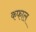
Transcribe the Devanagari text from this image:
कफाल